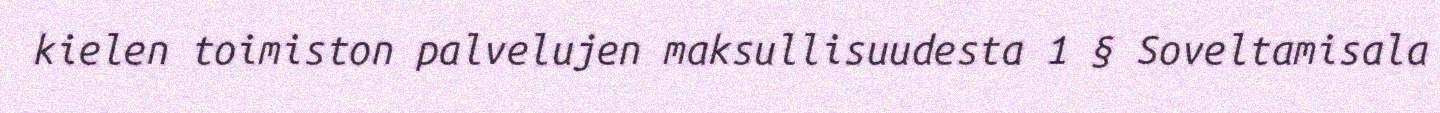
kielen toimiston palvelujen maksullisuudesta 1 § Soveltamisala